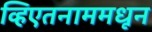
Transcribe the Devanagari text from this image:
व्हिएतनाममधून